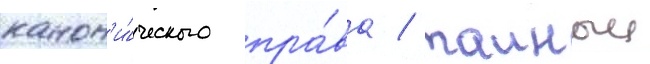
канон'и́ческого пра́ва / таиныи